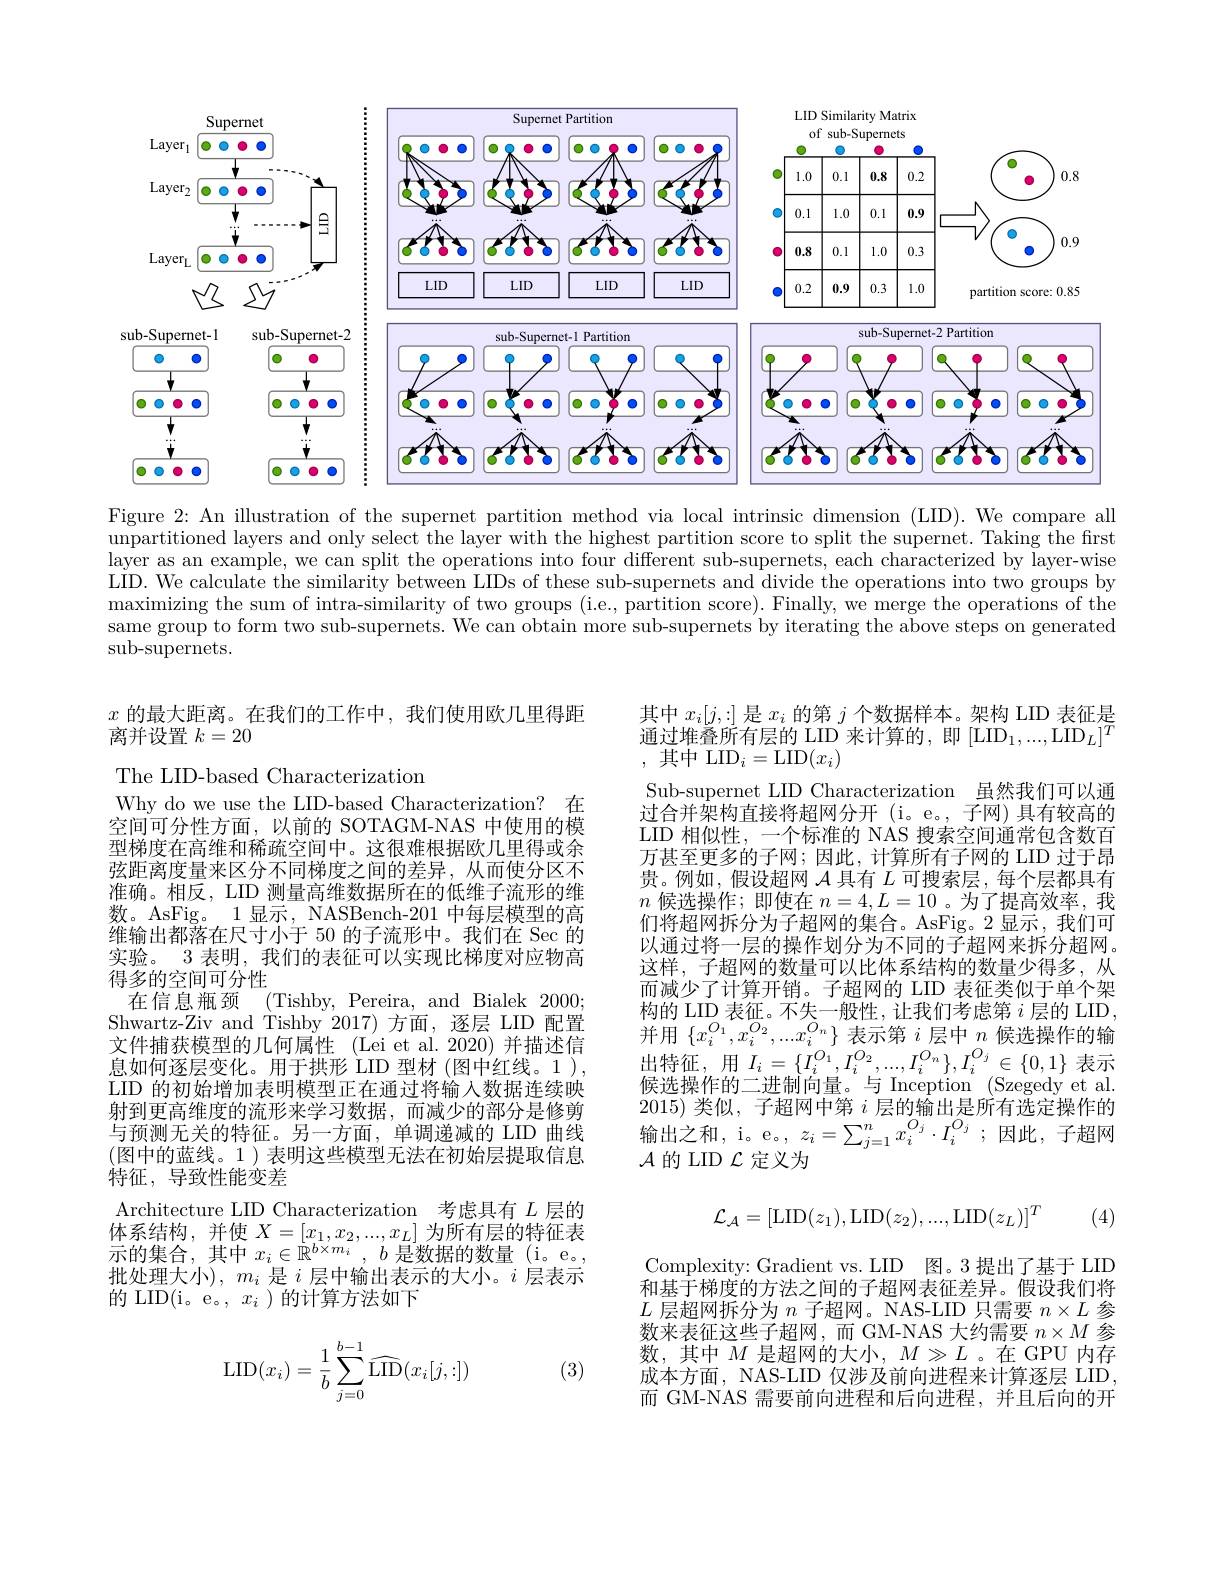
<FigureHere>

Figure 2: An illustration of the supernet partition method via local intrinsic dimension (LID). We compare all

$\begin{aligned}\text{unpartitioned layers and only select the layer with the highest partition score to split the supernet. Taking the first}\\\text{unpartitioned layers and only select the layer with the highest partition score to split the süpernet. Taking the first}\end{aligned}$ layer as an example, we can split the operations into four different sub-supernets, each characterized by layer-wise LID. We calculate the similarity between LIDs of these sub-supernets and divide the operations into two groups by maximizing the sum of intra-similarity of two groups (i.e, partition score). Finally, we merge the operations of the same group to form two sub-supernets. We can obtain more sub-supernets by iterating the above steps on generated $\operatorname{sub-supernets.}$

$x$的最大距离。在我们的工作中，我们使用欧几里得距
离并设置$k=20$

$\begin{array}{l}\text{其中 }x_{i}[j,:]\text{ 是 }x_{i}\text{ 的第 }j\text{ 个数据样本。架构 LID 表征是}\\\text{通过堆叠所有层的 LID 来计算的，即 [LID}_{1},...,\mathrm{LID}_{L}]^{T}\\:\text{ 其中 LID}_{i}=\mathrm{LID}(x_{i})\end{array}$ Sub-supernet LID Characterization 虽然我们可以通过合并架构直接将超网分开(i。e。,子网)具有较高的LID 相似性，一个标准的 NAS 搜索空间通常包含数百万甚至更多的子网；因此，计算所有子网的 LID 过于昂贵。例如，假设超网$\mathcal{A}$具有$L$可搜索层，每个层都具有$n$候选操作；即使在$n=4,L=10$ 。为了提高效率，我们将超网拆分为子超网的集合。AsFig。2 显示，我们可以通过将一层的操作划分为不同的子超网来拆分超网。这样，子超网的数量可以比体系结构的数量少得多，从而减少了计算开销。子超网的 LID 表征类似于单个架构的 LID 表征。不失一般性，让我们考虑第$i$层的 LID, 并用$\{x_i^{O_1},x_i^{O_2},...x_i^{O_n}\}$表示第$i$层中$n$候选操作的输出特征，用$I_i=\{I_i^{O_1},I_i^{O_2},...,I_i^{O_n}\},I_i^{O_j}\in\{0,1\}$表示候选操作的二进制向量。与 Inception (Szegedy et al. 2015)类似，子超网中第$i$层的输出是所有选定操作的输出之和，i。e。$,z_i=\sum_{j=1}^{n}x_{i}^{O_{j}}\cdot I_{i}^{O_{j}};$因此，子超网$\mathcal{A}$的 LID $\mathcal{L}$定义为

The LID-based Characterization
Why do we use the LID-based Characterization? 在空间可分性方面，以前的 SOTAGM-NAS 中使用的模型梯度在高维和稀疏空间中。这很难根据欧几里得或余弦距离度量来区分不同梯度之间的差异，从而使分区不准确。相反，LID 测量高维数据所在的低维子流形的维数。AsFig。1 显示，NASBench-201 中每层模型的高维输出都落在尺寸小于 50 的子流形中。我们在 Sec 的实验。3 表明，我们的表征可以实现比梯度对应物高得多的空间可分性
在信息瓶颈(Tishby,Pereira,andBialek2000; Shwartz-Ziv and Tishby 2017) 方面，逐层 LID 配置文件捕获模型的几何属性 (Lei et al.2020) 并描述信息如何逐层变化。用于拱形 LID 型材 (图中红线。1), LID 的初始增加表明模型正在通过将输入数据连续映射到更高维度的流形来学习数据，而减少的部分是修剪与预测无关的特征。另一方面，单调递减的 LID 曲线(图中的蓝线。1)表明这些模型无法在初始层提取信息特征，导致性能变差
Architecture LID Characterization 考虑具有$L$层的体系结构，并使$X=[x_1,x_2,...,x_L]$为所有层的特征表示的集合，其中$x_i\in\mathbb{R}^{b\times m_i},b$是数据的数量(i。e。, 批处理大小$),m_i$ 是$i$ 层中输出表示的大小。$i$ 层表示的 LID(i。e。$,x_i$ )的计算方法如下
$$\mathcal{L}_{\mathcal{A}}=[\mathrm{LID}(z_{1}),\mathrm{LID}(z_{2}),...,\mathrm{LID}(z_{L})]^{T}$$
(4)

Complexity: Gradient vs. LID 图。3 提出了基于 LID 和基于梯度的方法之间的子超网表征差异。假设我们将$L$层超网拆分为$n$子超网。NAS-LID 只需要$n\times L$参数来表征这些子超网，而 GM-NAS 大约需要$n\times\bar{M\text{ 参}}$ 数，其中$\bar{M}$ 是超网的大小，$M\gg L$。在 GPU 内存成本方面，NAS-LID 仅涉及前向进程来计算逐层 LID, 而 GM-NAS 需要前向进程和后向进程，并且后向的开
$$\mathrm{LID}(x_i)=\frac{1}{b}\sum_{j=0}^{b-1}\widehat{\mathrm{LID}}(x_i[j,:])$$
(3)